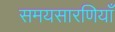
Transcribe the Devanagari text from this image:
समयसारणियाँ